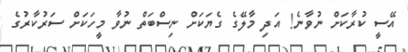
އޭސީ ކުރާކަށް ނުވާނެ! އަދި މާލޭގެ ގެޔަކަށް ނިސްބަތް ނުވާ މީހަކަށް ސަރުކާރުގެ